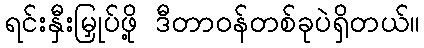
ရင်းနှီးမြှုပ်ဖို့ ဒီတာဝန်တစ်ခုပဲရှိတယ်။